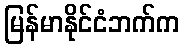
မြန်မာနိုင်ငံဘက်က